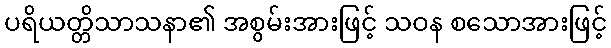
ပရိယတ္တိသာသနာ၏ အစွမ်းအားဖြင့် သဝန စသောအားဖြင့်